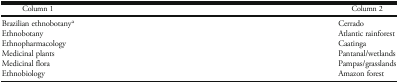
<table><thead><tr><td><b>Column 1</b></td><td><b>Column 2</b></td></tr></thead><tbody><tr><td>Brazilian ethnobotany<sup>a</sup></td><td>Cerrado</td></tr><tr><td>Ethnobotany</td><td>Atlantic rainforest</td></tr><tr><td>Ethnopharmacology</td><td>Caatinga</td></tr><tr><td>Medicinal plants</td><td>Pantanal/wetlands</td></tr><tr><td>Medicinal flora</td><td>Pampas/grasslands</td></tr><tr><td>Ethnobiology</td><td>Amazon forest</td></tr></tbody></table>